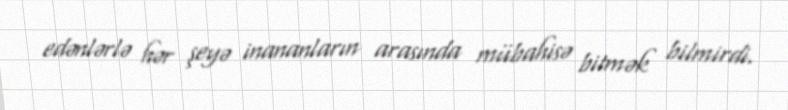
edənlərlə hər şeyə inananların arasında mübahisə bitmək bilmirdi.